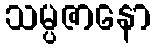
သမ္ပဇာနော